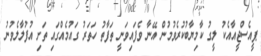
ޕީއެސްޖީއާއެކު ލީގު ކާމިޔާބުކުރެވުމުން އޭނާ ވެފައިވަނީ ތަފާތު ހަތަރު ގައުމެއްގައި ތަށި އުފުލާލެވުނު